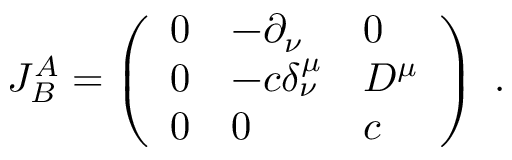
J _ { B } ^ { A } = \left( \begin{array} { l l l } { { 0 } } & { { - \partial _ { \nu } } } & { { 0 } } \\ { { 0 } } & { { - c \delta _ { \nu } ^ { \mu } } } & { { D ^ { \mu } } } \\ { { 0 } } & { { 0 } } & { { c } } \end{array} \right) \ .